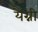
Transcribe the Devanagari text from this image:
यैग्नी